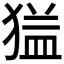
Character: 𱮎